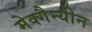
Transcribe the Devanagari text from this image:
मेक्गैन्यीन